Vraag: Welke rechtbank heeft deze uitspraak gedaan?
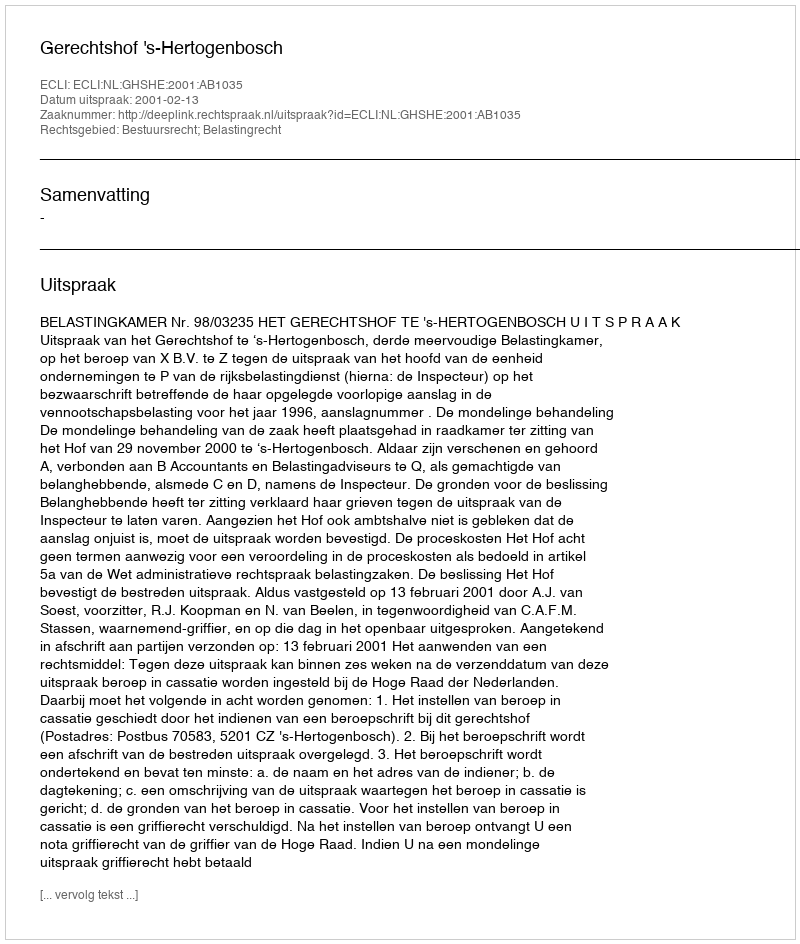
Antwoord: Gerechtshof 's-Hertogenbosch